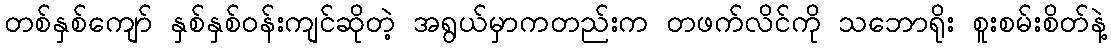
တစ်နှစ်ကျော် နှစ်နှစ်ဝန်းကျင်ဆိုတဲ့ အရွယ်မှာကတည်းက တဖက်လိင်ကို သဘောရိုး စူးစမ်းစိတ်နဲ့